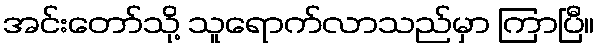
အင်းတော်သို့ သူရောက်လာသည်မှာ ကြာပြီ။